Insane asylums Bombay 1873-77 - 1873-1877
Year: 1873
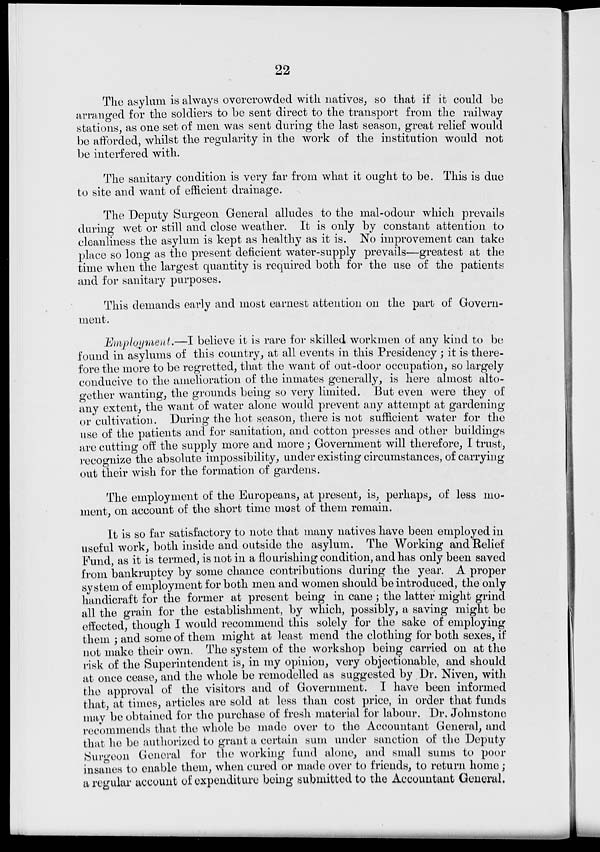
22
The asylum is always overcrowded with natives, so that if it could be
arranged for the soldiers to be sent direct to the transport from the railway
stations, as one set of men was sent during the last season, great relief would
be afforded, whilst the regularity in the work of the institution would not
be interfered with.
The sanitary condition is very far from what it ought to be. This is due
to site and want of efficient drainage.
The Deputy Surgeon General alludes to the mal-odour which prevails
during wet or still and close weather. It is only by constant attention to
cleanliness the asylum is kept as healthy as it is. No improvement can take
place so long as the present deficient water-supply prevails—greatest at the
time when the largest quantity is required both for the use of the patients
and for sanitary purposes.
This demands early and most earnest attention on the part of Govern-
ment.
Employment.—I believe it is rare for skilled workmen of any kind to be
found in asylums of this country, at all events in this Presidency ; it is there-
fore the more to be regretted, that the want of out-door occupation, so largely
conducive to the amelioration of the inmates generally, is here almost alto-
gether wanting, the grounds being so very limited. But even were they of
any extent, the want of water alone would prevent any attempt at gardening
or cultivation. During the hot season, there is not sufficient water for the
use of the patients and for sanitation, and cotton presses and other buildings
are cutting off the supply more and more; Government will therefore, I trust,
recognize the absolute impossibility, under existing circumstances, of carrying
out their wish for the formation of gardens.
The employment of the Europeans, at present, is, perhaps, of less mo-
ment, on account of the short time most of them remain.
It is so far satisfactory to note that many natives have been employed in
useful work, both inside and outside the asylum. The Working and Relief
Fund, as it is termed, is not in a flourishing condition, and has only been saved
from bankruptcy by some chance contributions during the year. A proper
system of employment for both men and women should be introduced, the only
handicraft for the former at present being in cane ; the latter might grind
all the grain for the establishment, by which, possibly, a saving might be
effected, though I would recommend this solely for the sake of employing
them ; and some of them might at least mend the clothing for both sexes, if
not make their own. The system of the workshop being carried on at the
risk of the Superintendent is, in my opinion, very objectionable, and should
at once cease, and the whole be remodelled as suggested by Dr. Niven, with
the approval of the visitors and of Government. I have been informed
that, at times, articles are sold at less than cost price, in order that funds
may be obtained for the purchase of fresh material for labour. Dr. Johnstone
recommends that the whole be made over to the Accountant General, and
that he be authorized to grant a certain sum under sanction of the Deputy
Surgeon General for the working fund alone, and small sums to poor
insanes to enable them, when cured or made over to friends, to return home;
a regular account of expenditure being submitted to the Accountant General.